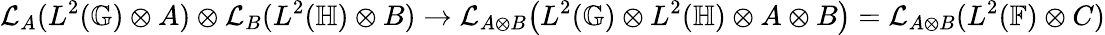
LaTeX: \mathcal{L}_{A}(L^{2}(\mathbb{G})\otimes A)\otimes\mathcal{L}_{B}(L^{2}(\mathbb{H})\otimes B)\rightarrow\mathcal{L}_{A\otimes B}\big(L^{2}(\mathbb{G})\otimes L^{2}(\mathbb{H})\otimes A\otimes B\big)=\mathcal{L}_{A\otimes B}(L^{2}(\mathbb{F})\otimes C)